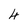
Character: 4